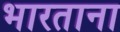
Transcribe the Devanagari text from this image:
भारताना